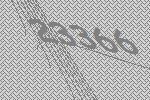
23366